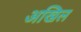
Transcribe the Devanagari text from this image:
अखिल